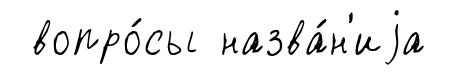
вопро́сы назва́н'иjа